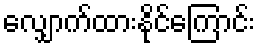
လျှောက်ထားနိုင်ကြောင်း